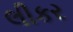
લીકર